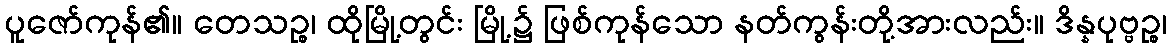
ပူဇော်ကုန်၏။ တေသဉ္စ၊ ထိုမြို့တွင်း မြို့၌ ဖြစ်ကုန်သော နတ်ကွန်းတို့အားလည်း။ ဒိန္နပုဗ္ဗဉ္စ၊